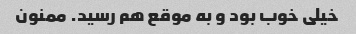
خیلی خوب بود و به موقع هم رسید. ممنون